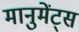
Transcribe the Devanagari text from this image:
मानुमेंट्स